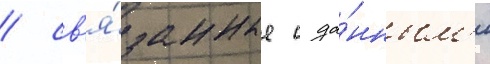
/ св'я́занные с да́нным'и